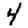
Digit: 4